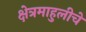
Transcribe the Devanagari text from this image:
क्षेत्रमाहुलीचे